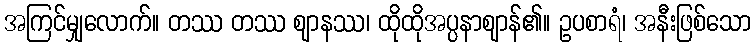
အကြင်မျှလောက်။ တဿ တဿ ဈာနဿ၊ ထိုထိုအပ္ပနာဈာန်၏။ ဥပစာရံ၊ အနီးဖြစ်သော